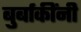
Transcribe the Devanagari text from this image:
बुर्बाकींनी